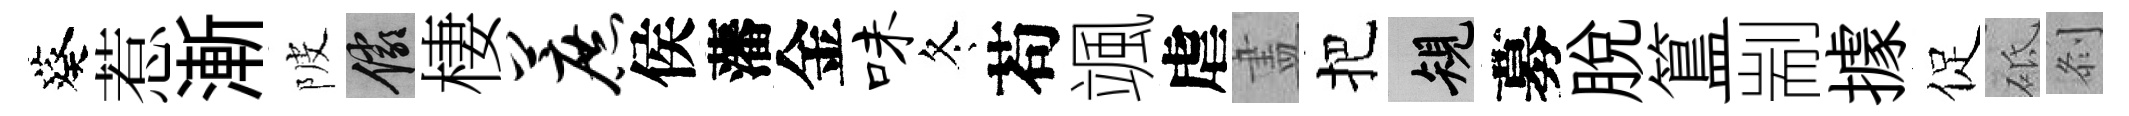
葵惹漸陂儼棲蔗侯藩金味冬苟颯虐𥁞把規募脱簋剬據促砥𠛴